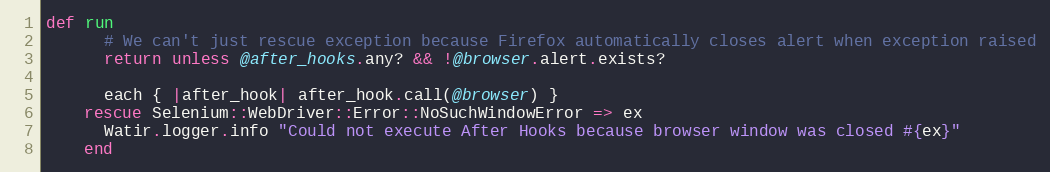
Language: Ruby
def run
      # We can't just rescue exception because Firefox automatically closes alert when exception raised
      return unless @after_hooks.any? && !@browser.alert.exists?

      each { |after_hook| after_hook.call(@browser) }
    rescue Selenium::WebDriver::Error::NoSuchWindowError => ex
      Watir.logger.info "Could not execute After Hooks because browser window was closed #{ex}"
    end